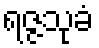
ရဇ္ဇသုခံ